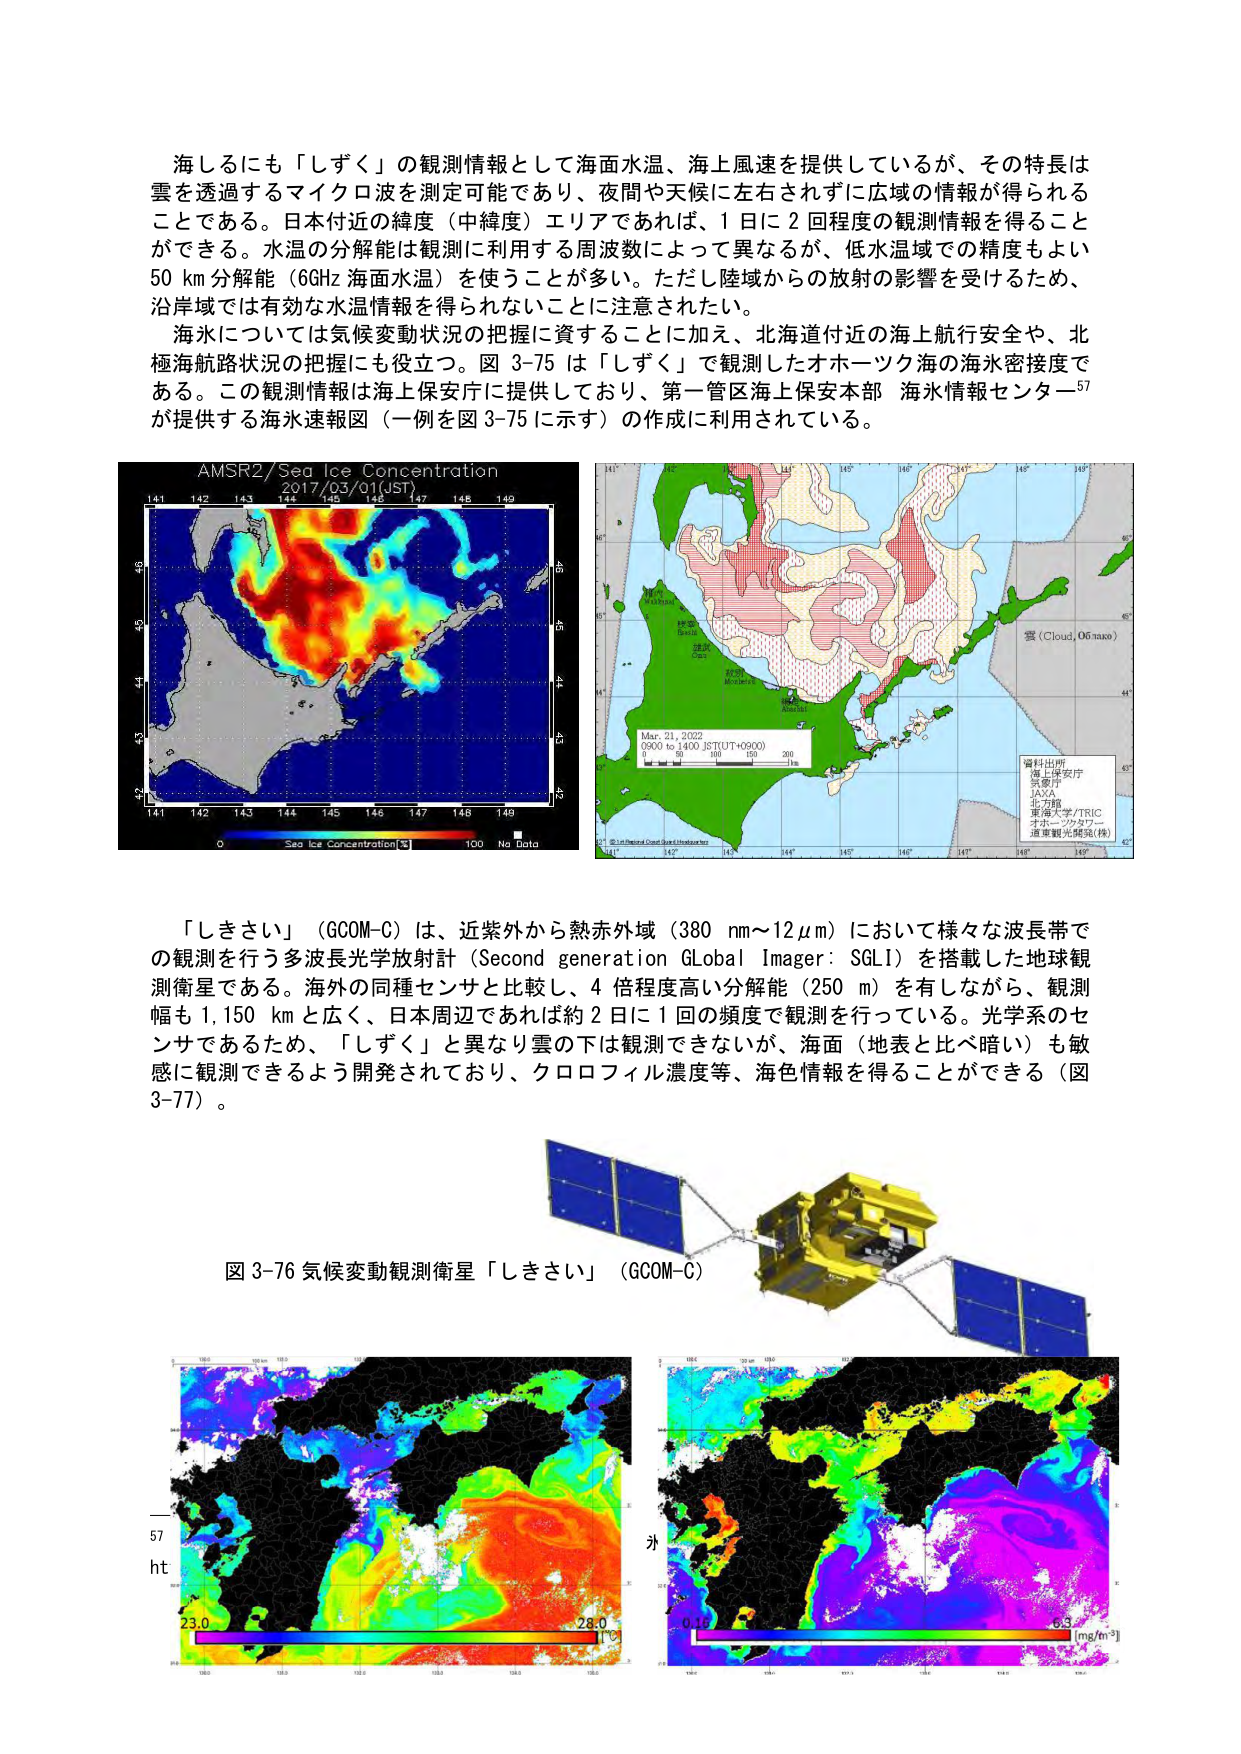
海しるにも「しずく」の観測情報として海面水温、海上風速を提供しているが、その特長は雲を透過するマイクロ波を測定可能であり、夜間や天候に左右されずに広域の情報が得られることである。日本付近の緯度（中緯度）エリアであれば、1日に2回程度の観測情報を得ることができる。水温の分解能は観測に利用する周波数によって異なるが、低水温域での精度もよい50 km分解能（66Hz 海面水温）を使うことが多い。ただし陸域からの放射の影響を受けるため、沿岸域では有効な水温情報を得られないことに注意されたい。

海氷については気候変動状況の把握に資することに加え、北海道付近の海上航行安全や、北極海航路状況の把握にも役立つ。図 3-75 は「しずく」で観測したオホーツク海の海氷密接度である。この観測情報は海上保安庁に提供しており、第一管区海上保安本部 海氷情報センター57が提供する海氷速報図（一例を図 3-75 に示す）の作成に利用している。

AMSR2/Sea Ice Concentration
2017/03/01(JST)

141 142 143 144 145 146 147 148 149
49
48
47
46
45
44
43
42
141 142 143 144 145 146 147 148 149

0 Sea Ice Concentration % 100 No Data

141° 142° 143° 144° 145° 146° 147° 148° 149°
60°
59°
58°
57°
56°
55°
54°
53°
52°
51°
50°
49°
48°
47°
46°
45°
44°
43°
42°
141° 142° 143° 144° 145° 146° 147° 148° 149°

Mar. 21, 2022
0200 to 1400 JST(UT+0900)
0 50 100 150 200 250 km

雲 (Cloud, 06_taka)

資料出所
海上保安庁
気象庁
JAXA
北方館
東海大学/TRIC
オホーツクサワー
道東観光開発(株)

「しきさい」（GCOM-C）は、近紫外から熱赤外域（380 nm～12μm）において様々な波長帯での観測を行う多波長光学放射計（Second generation Global Imager: SGLI）を搭載した地球観測衛星である。海外の同種センサと比較し、4倍程度高い分解能（250 m）を有しながら、観測幅も1,150 kmと広く、日本周辺であれば約2日に1回の頻度で観測を行っている。光学系のセンサであるため、「しずく」と異なり雲の下は観測できないが、海面（地表と比べ暗い）も敏感に観測できるよう開発されており、クロロフィル濃度等、海色情報を得ることができる（図3-77）。

図 3-76 気候変動観測衛星「しきさい」（GCOM-C）

57
ht
23.0
28.0

0.16
6.3 [mg/m³]